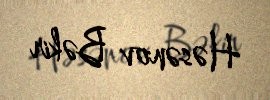
Həsənov Bəkir